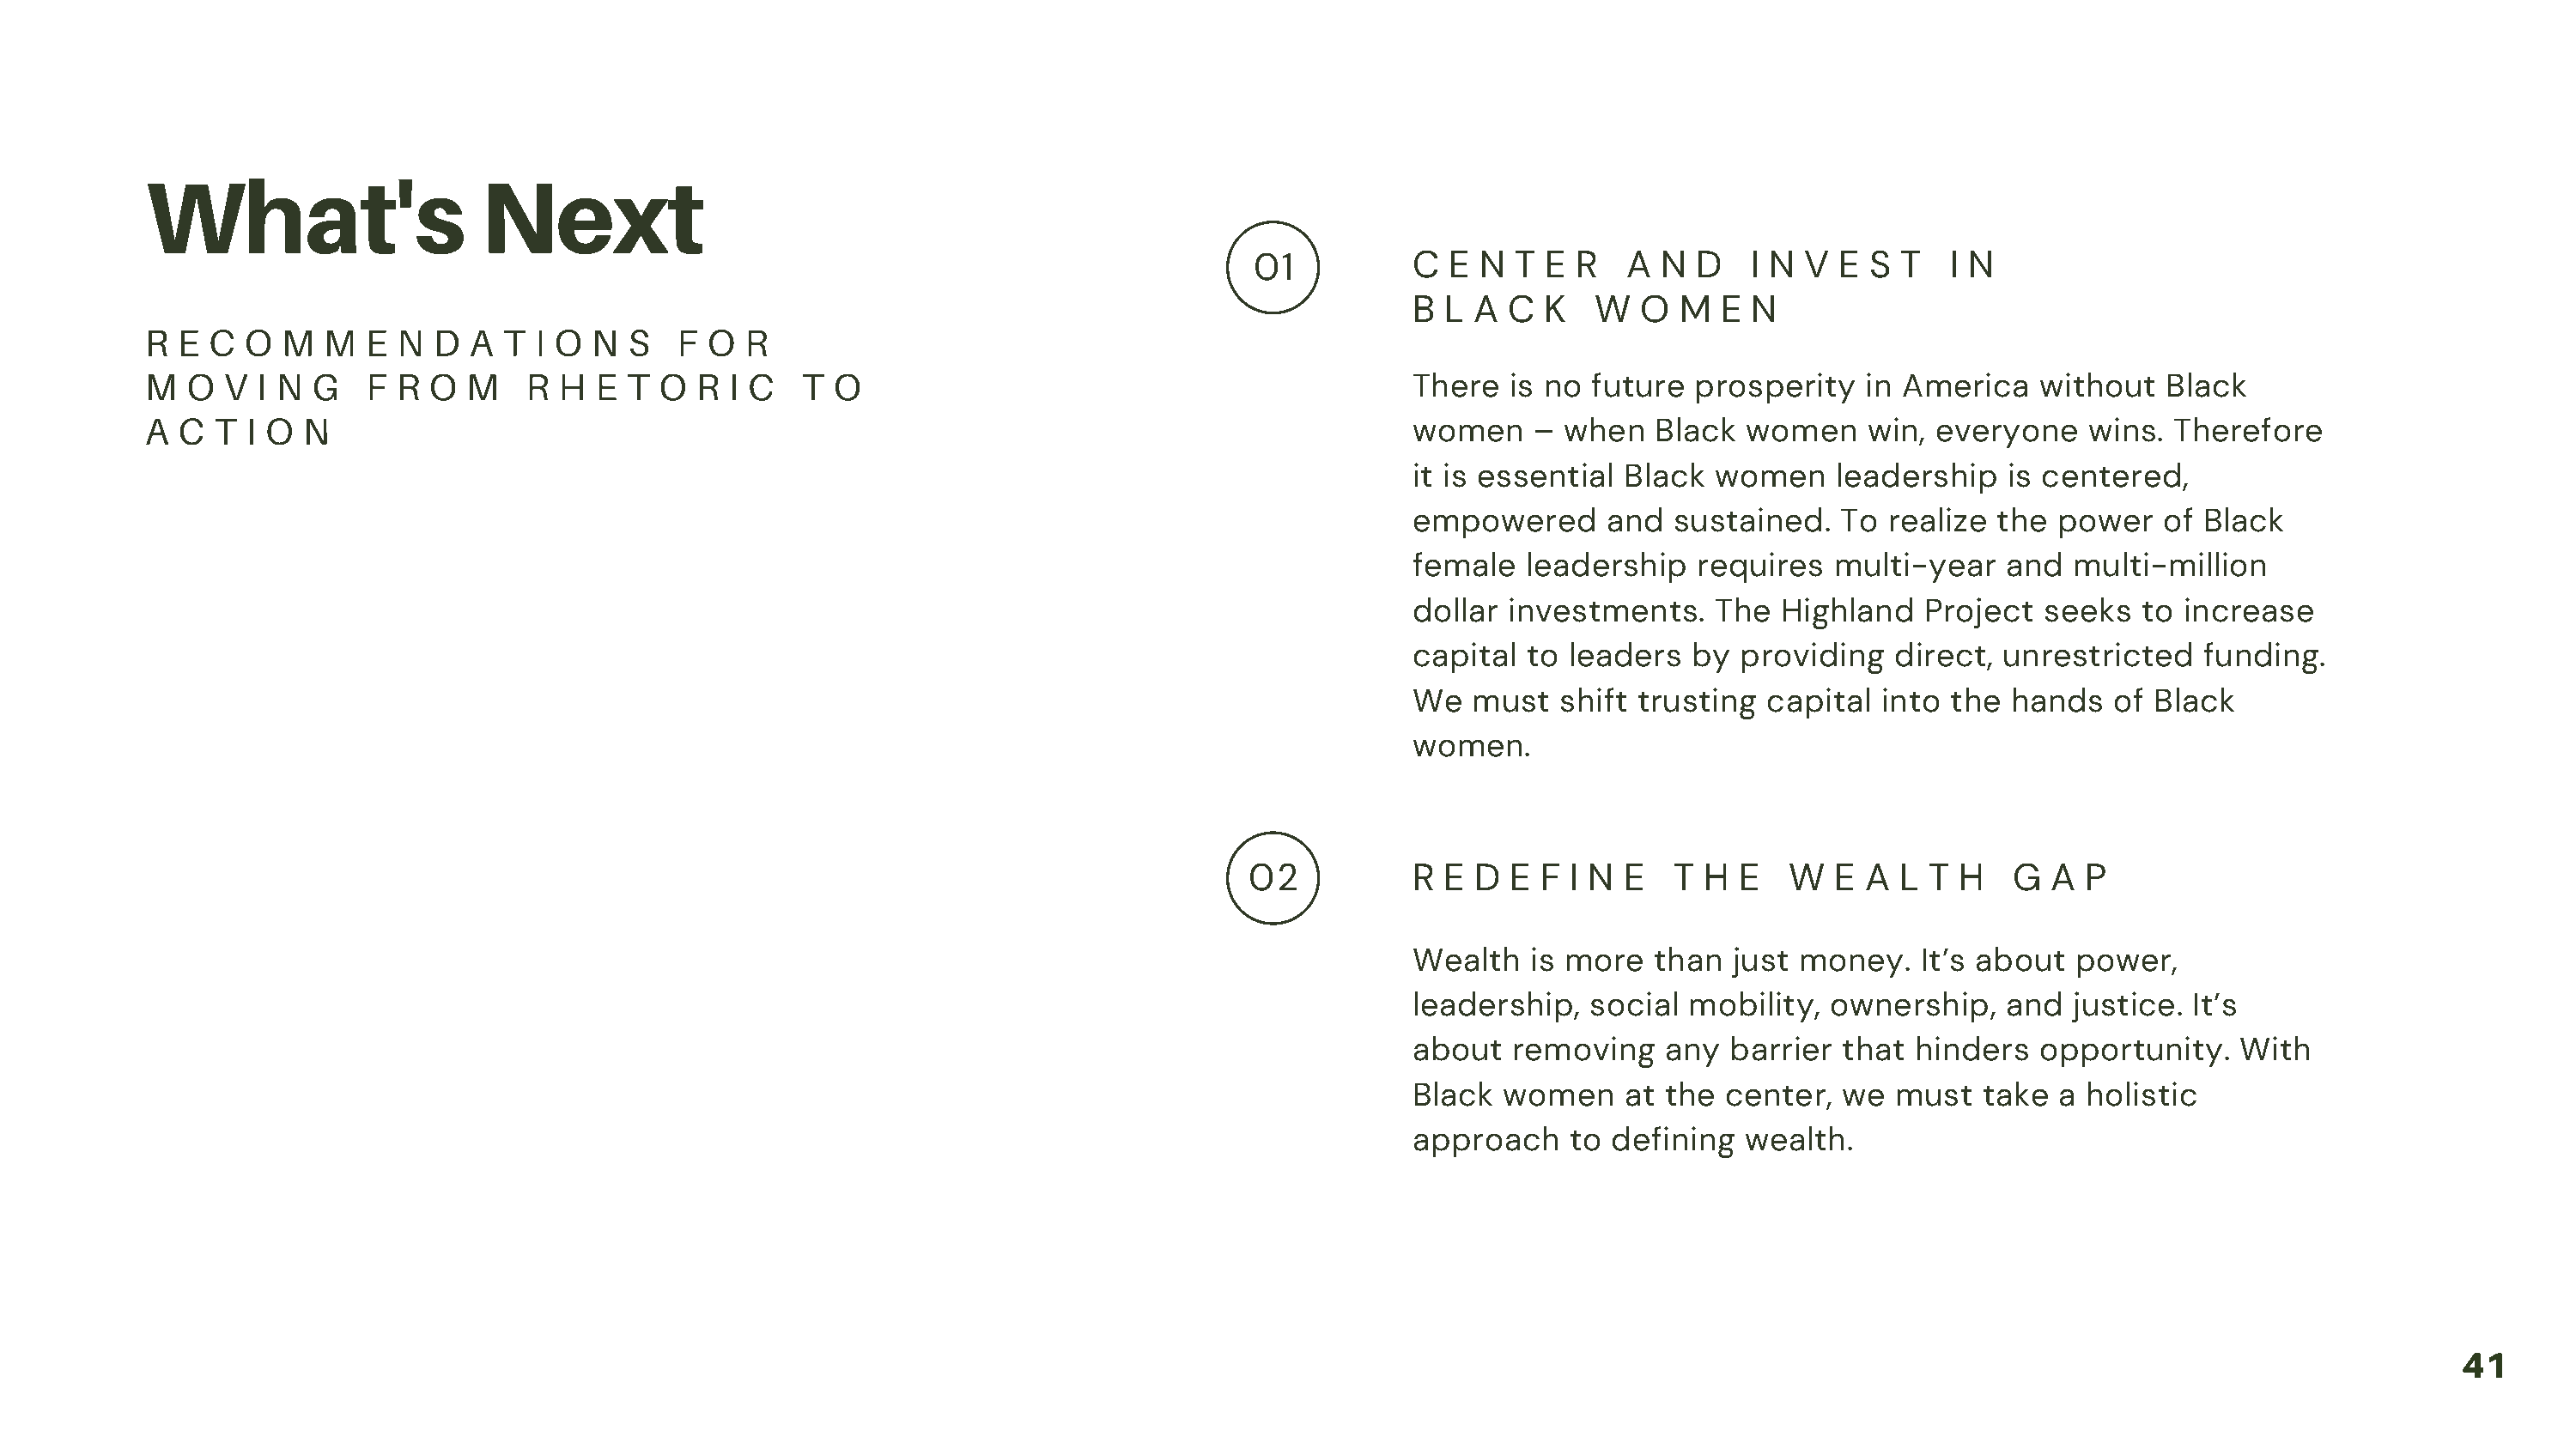
What's                    Next
 01          C  E N  T E R   A  N  D   I N V  E S  T  I N
 B L  A C  K   W  O  M   E N
 R  E C  O  M  M  E  N D  A  T I O  N S   F  O R
 M  O  V  I N G   F  R O  M    R H  E T  O  R I C   T O
 There  is no  future  prosperity   in America   without   Black
 A  C T  I O N
 women    –  when   Black  women    win, everyone    wins.  Therefore
 it is essential Black  women     leadership   is centered,
 empowered      and  sustained.   To  realize the  power   of Black
 female   leadership   requires  multi-year    and  multi-million
 dollar investments.    The  Highland   Project   seeks  to increase
 capital  to leaders  by  providing   direct, unrestricted    funding.
 We   must  shift trusting  capital  into the  hands   of Black
 women.
 02           R E  D E  F I N E   T H  E   W  E  A L  T H   G  A  P
 Wealth   is more   than  just money.   It’s about  power,
 leadership,   social mobility,  ownership,    and  justice. It’s
 about   removing   any  barrier  that  hinders  opportunity.    With
 Black  women    at the  center,  we  must   take  a holistic
 approach    to defining   wealth.
 41